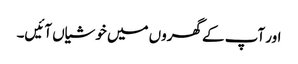
اور آپ کے گھروں میں خوشیاں آئیں۔